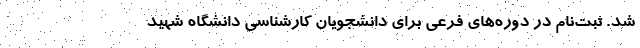
شد. ثبت‌نام در دوره‌های فرعی برای دانشجویان کارشناسی دانشگاه شهید